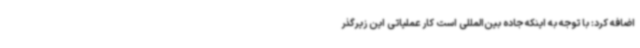
اضافه کرد: با توجه به اینکه جاده بین‌المللی است کار عملیاتی این زیرگذر